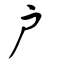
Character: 户